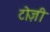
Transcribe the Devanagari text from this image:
टोज़ी